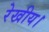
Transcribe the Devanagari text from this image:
रेखीय।